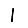
Digit: 1